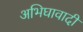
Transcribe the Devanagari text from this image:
अभिघावादी